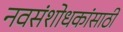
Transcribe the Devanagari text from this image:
नवसंशोधकांसाठी